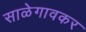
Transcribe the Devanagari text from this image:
साळेगावकर